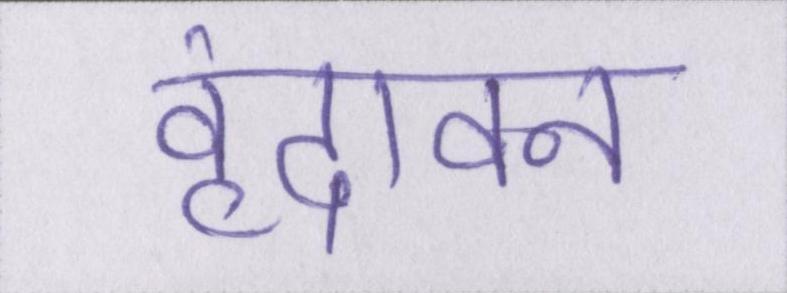
वृंदावन